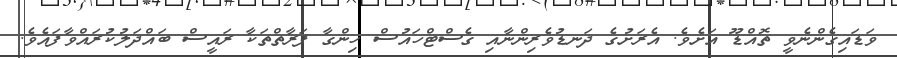
ވަޑައިގެންނެވީ ތޮއްޑޫ އަށެވެ. އެރަށުގެ ދަނޑުވެރިންނާއި ގެސްޓްހައުސް ހިންގާ ފަރާތްތަކާ ރައީސް ބައްދަލުކުރައްވާފައެވެ.